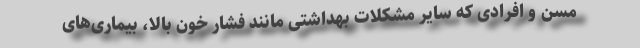
مسن و افرادی که سایر مشکلات بهداشتی مانند فشار خون بالا، بیماری‌های